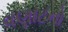
વણાટનો